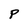
Character: P